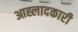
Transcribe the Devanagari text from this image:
आह्लादकारी